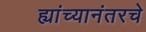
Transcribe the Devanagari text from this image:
ह्यांच्यानंतरचे